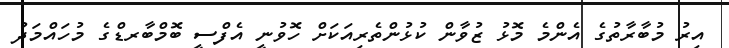
އިރު މުބާރާތުގެ އެންމެ މޮޅު ޒުވާން ކުޅުންތެރިއަކަށް ހޮވުނީ އެފްސީ ބޮމްބާރޑްގެ މުހައްމަދު